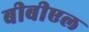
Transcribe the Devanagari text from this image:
बीबीएल